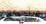
سأغطي